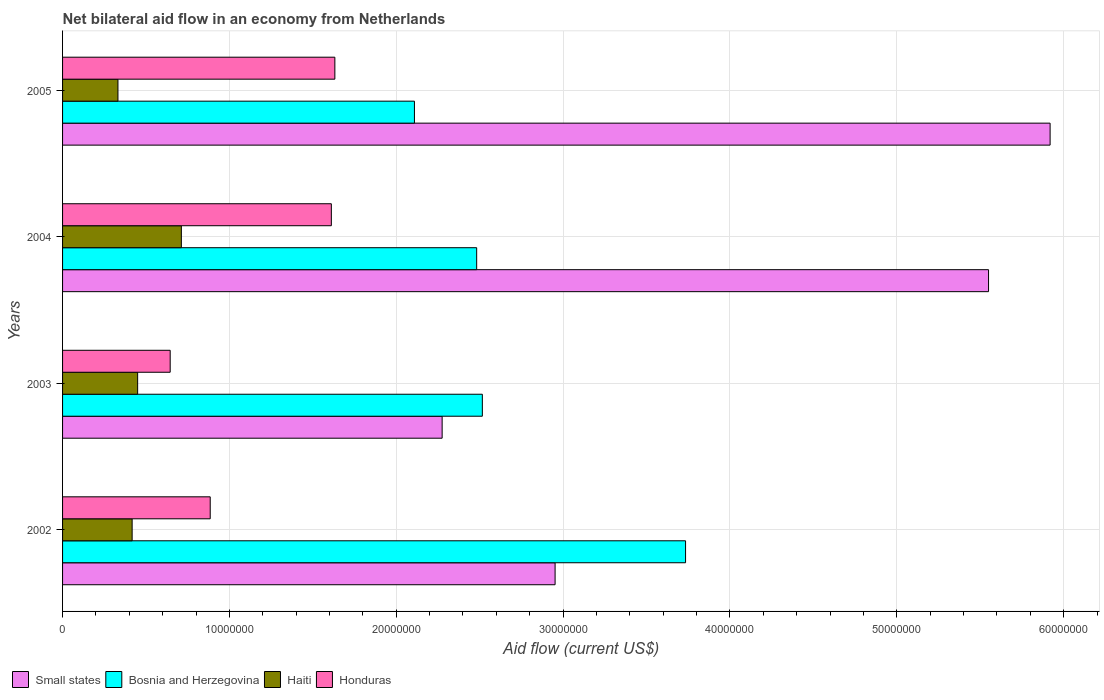
| Years | Small states | Bosnia and Herzegovina | Haiti | Honduras |
 | --- | --- | --- | --- | --- |
 | 2002 | 2.95e+07 | 3.73e+07 | 4.17e+06 | 8.85e+06 |
 | 2003 | 2.28e+07 | 2.52e+07 | 4.5e+06 | 6.45e+06 |
 | 2004 | 5.55e+07 | 2.48e+07 | 7.12e+06 | 1.61e+07 |
 | 2005 | 5.92e+07 | 2.11e+07 | 3.32e+06 | 1.63e+07 |